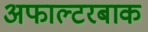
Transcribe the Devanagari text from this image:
अफाल्टरबाक